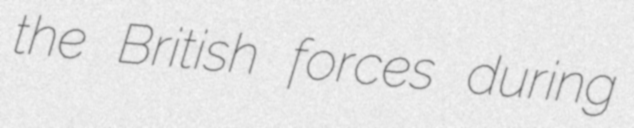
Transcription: the British forces during